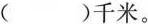
( )千米。